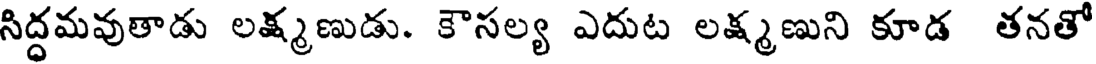
సిద్ధమవుతాడు లక్ష్మణుడు. కౌసల్య ఎదుట లక్ష్మణుని కూడ తనతో